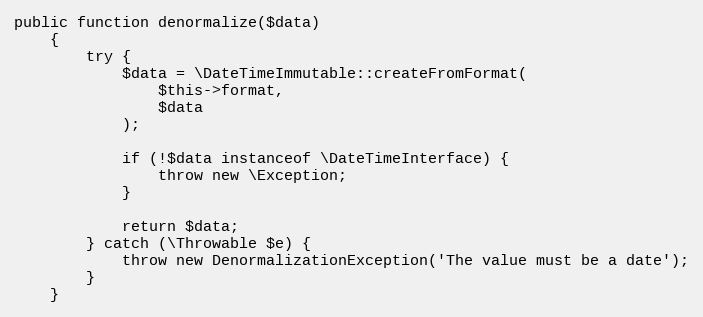
Language: PHP
public function denormalize($data)
    {
        try {
            $data = \DateTimeImmutable::createFromFormat(
                $this->format,
                $data
            );

            if (!$data instanceof \DateTimeInterface) {
                throw new \Exception;
            }

            return $data;
        } catch (\Throwable $e) {
            throw new DenormalizationException('The value must be a date');
        }
    }